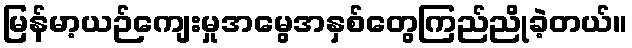
မြန်မာ့ယဉ်ကျေးမှုအမွေအနှစ်တွေကြည်ညိုခဲ့တယ်။